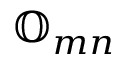
{ \mathbb O } _ { m n }